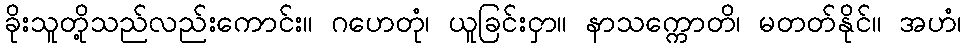
ခိုးသူတို့သည်လည်းကောင်း။ ဂဟေတုံ၊ ယူခြင်းငှာ။ နာသက္ကောတိ၊ မတတ်နိုင်။ အဟံ၊